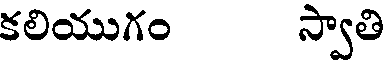
కలియుగం స్వాతి